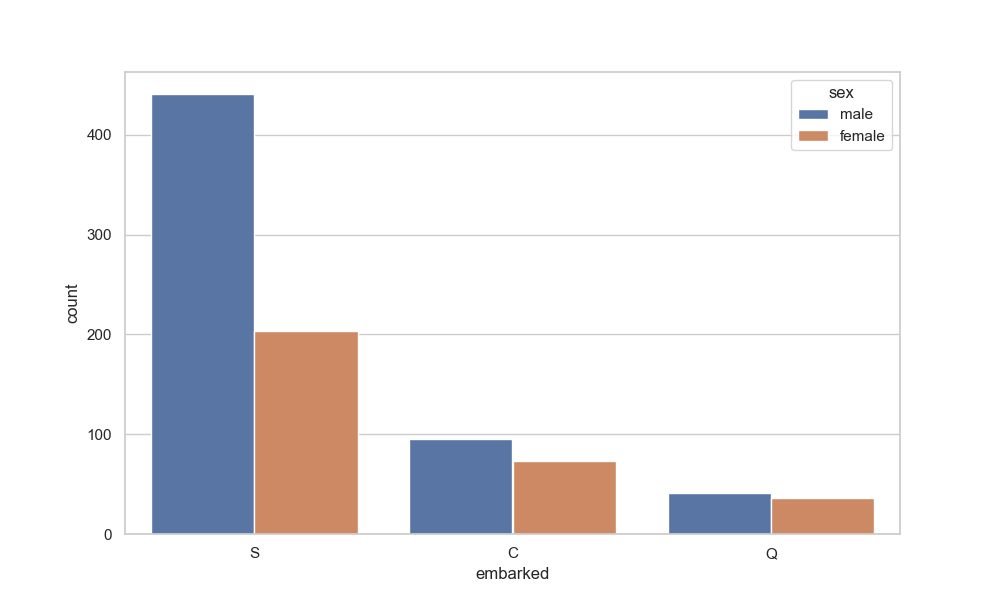
python, seaborn, countplot, x='embarked', palette='deep', hue='sex'